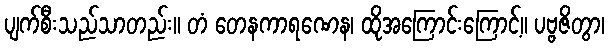
ပျက်စီးသည်သာတည်း။ တံ တေနကာရဏေန၊ ထိုအကြောင်းကြောင့်။ ပဗ္ဗဇိတွာ၊